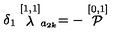
\delta _ { 1 } \stackrel { [ 1 , 1 ] } { \lambda } _ { a _ { 2 k } } = - \stackrel { [ 0 , 1 ] } { \cal P }